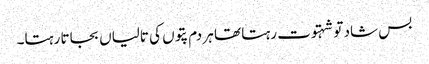
بس شاد تو شہتوت رہتا تھا ہر دم پتوں کی تالیاں بجاتا رہتا۔